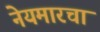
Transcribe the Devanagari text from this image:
नेयमारचा